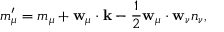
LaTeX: m _ { \mu } ^ { \prime } = m _ { \mu } + { \bf w } _ { \mu } \cdot { \bf k } - \frac { 1 } { 2 } { \bf w } _ { \mu } \cdot { \bf w } _ { \nu } n _ { \nu } ,